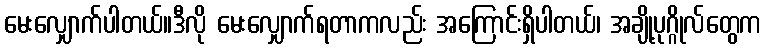
မေးလျှောက်ပါတယ်။ဒီလို မေးလျှောက်ရတာကလည်း အကြောင်းရှိပါတယ်၊ အချို့ပုဂ္ဂိုလ်တွေက